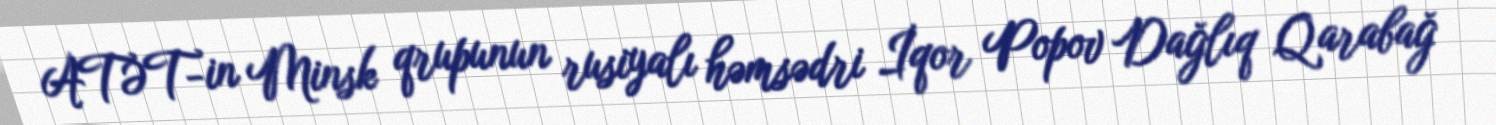
ATƏT-in Minsk qrupunun rusiyalı həmsədri İqor Popov Dağlıq Qarabağ